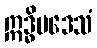
ဣဒ္ဓိပဒေသံ